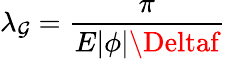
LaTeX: \lambda_{\mathcal{G}}=\frac{{\pi}}{{E|\phi|\Deltaf}}